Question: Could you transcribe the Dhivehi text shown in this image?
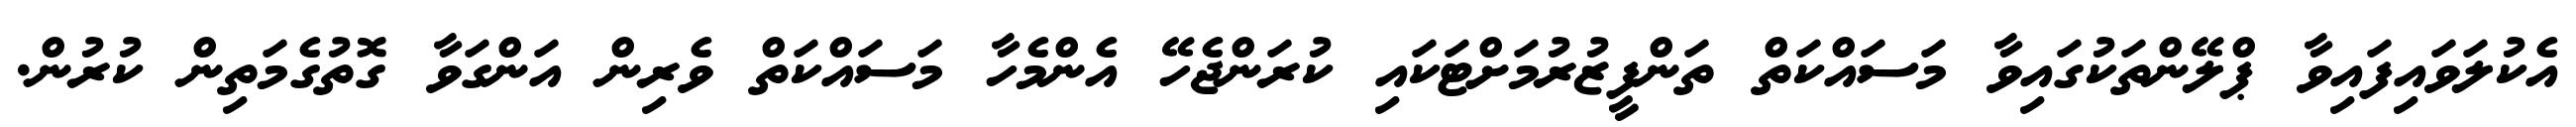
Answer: އެކުލަވައިފައިވާ ޕްލޭންތަކުގައިވާ މަސައްކަތް ތަންފީޒުރުމަށްޓަކައި ކުރަންޖެހޭ އެންމެހާ މަސައްކަތް ވެރިން އަންގަވާ ގޮތުގެމަތިން ކުރުން.